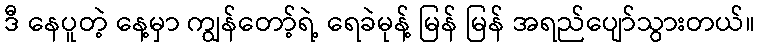
ဒီ နေပူတဲ့ နေ့မှာ ကျွန်တော့်ရဲ့ ရေခဲမုန့် မြန် မြန် အရည်ပျော်သွားတယ်။